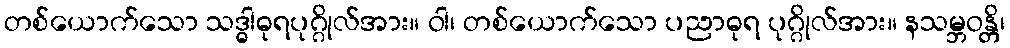
တစ်ယောက်သော သဒ္ဓါဓုရပုဂ္ဂိုလ်အား။ ဝါ၊ တစ်ယောက်သော ပညာဓုရ ပုဂ္ဂိုလ်အား။ နသမ္ဘဝန္တိ၊